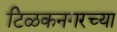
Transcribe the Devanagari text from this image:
टिळकनगरच्या